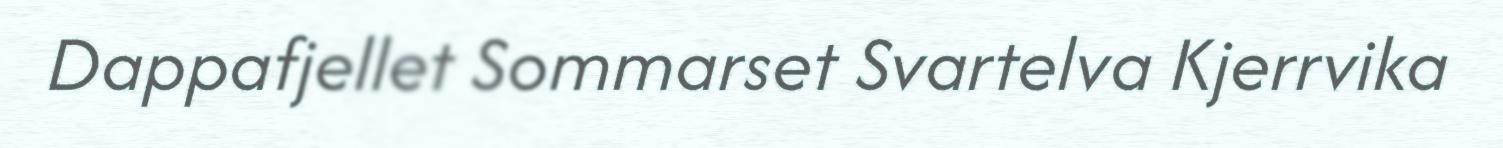
Dappafjellet Sommarset Svartelva Kjerrvika